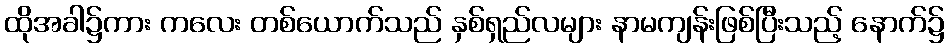
ထိုအခါ၌ကား ကလေး တစ်ယောက်သည် နှစ်ရှည်လများ နာမကျန်းဖြစ်ပြီးသည့် နောက်၌